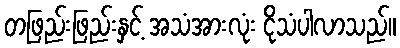
တဖြည်းဖြည်းနှင့် အသံအားလုံး ငိုသံပါလာသည်။